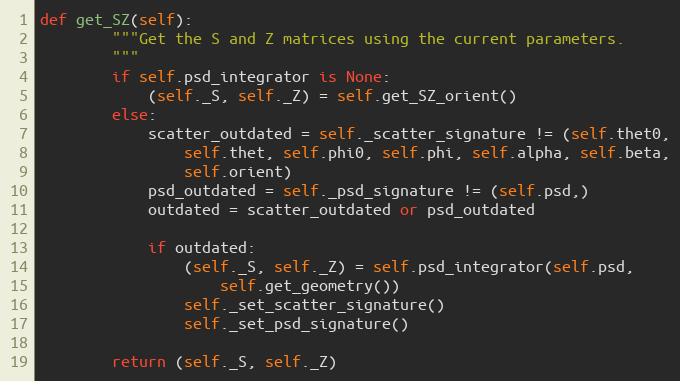
Language: Python
def get_SZ(self):
        """Get the S and Z matrices using the current parameters.
        """
        if self.psd_integrator is None:
            (self._S, self._Z) = self.get_SZ_orient()
        else:
            scatter_outdated = self._scatter_signature != (self.thet0,
                self.thet, self.phi0, self.phi, self.alpha, self.beta,
                self.orient)
            psd_outdated = self._psd_signature != (self.psd,)
            outdated = scatter_outdated or psd_outdated

            if outdated:
                (self._S, self._Z) = self.psd_integrator(self.psd,
                    self.get_geometry())
                self._set_scatter_signature()
                self._set_psd_signature()

        return (self._S, self._Z)